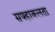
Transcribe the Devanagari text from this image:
सफ्हाकलता